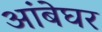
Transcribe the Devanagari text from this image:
आंबेघर